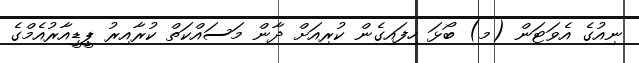
ނިއުގެ އެވަޓަން (މ) ބޯޅަ ހިފައިގެން ކުރިއަށް ދާން މަސައްކަތް ކުރާއިރު ޕީޑީއާރުއެމްގެ